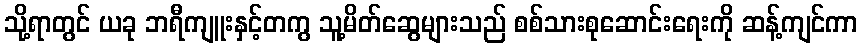
သို့ရာတွင် ယခု ဘရီကျူးနှင့်တကွ သူ့မိတ်ဆွေများသည် စစ်သားစုဆောင်းရေးကို ဆန့်ကျင်ကာ